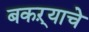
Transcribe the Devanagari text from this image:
बकऱ्याचे